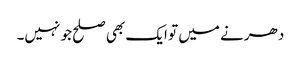
دھرنے میں تو ایک بھی صلح جو نہیں۔